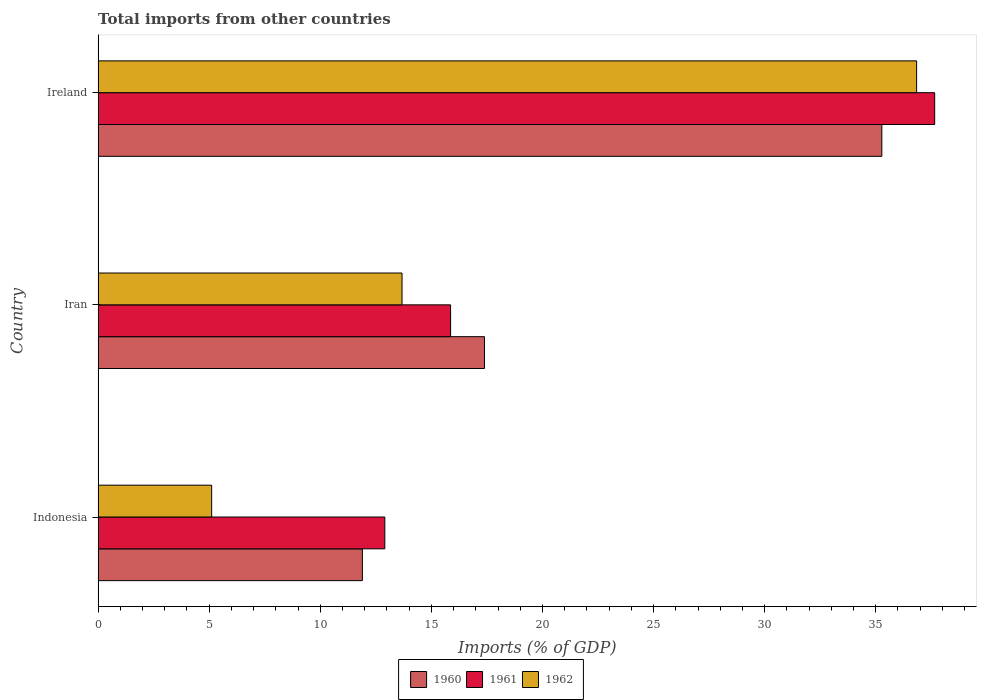
| Country | 1960 | 1961 | 1962 |
 | --- | --- | --- | --- |
 | Indonesia | 11.9 | 12.9 | 5.11 |
 | Iran | 17.4 | 15.9 | 13.7 |
 | Ireland | 35.3 | 37.7 | 36.8 |